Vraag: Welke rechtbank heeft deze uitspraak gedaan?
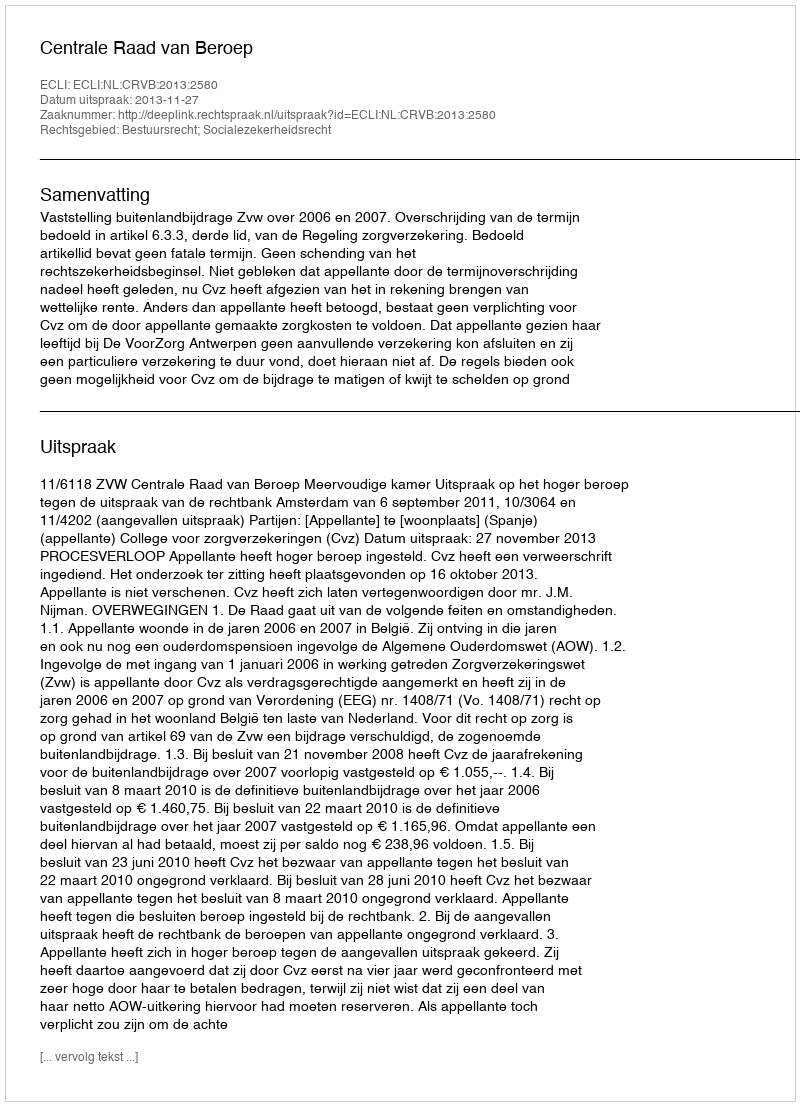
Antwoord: Centrale Raad van Beroep